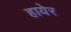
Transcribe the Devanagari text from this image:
हायेर